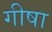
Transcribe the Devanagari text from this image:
गीषा